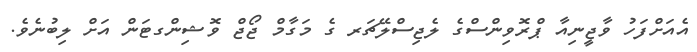
އެއަށްފަހު ވާޖީނިއާ ޕްރޮވިންސްގެ ލެޖިސްލޭޗަރ ގެ މަގާމް ޖޯޖް ވޮޝިންގޓަން އަށް ލިބުނެވެ.